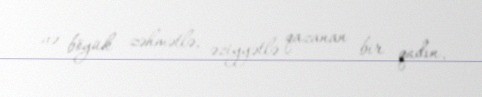
və böyük zəhmətlə, əziyyətlə qazanan bir qadın.